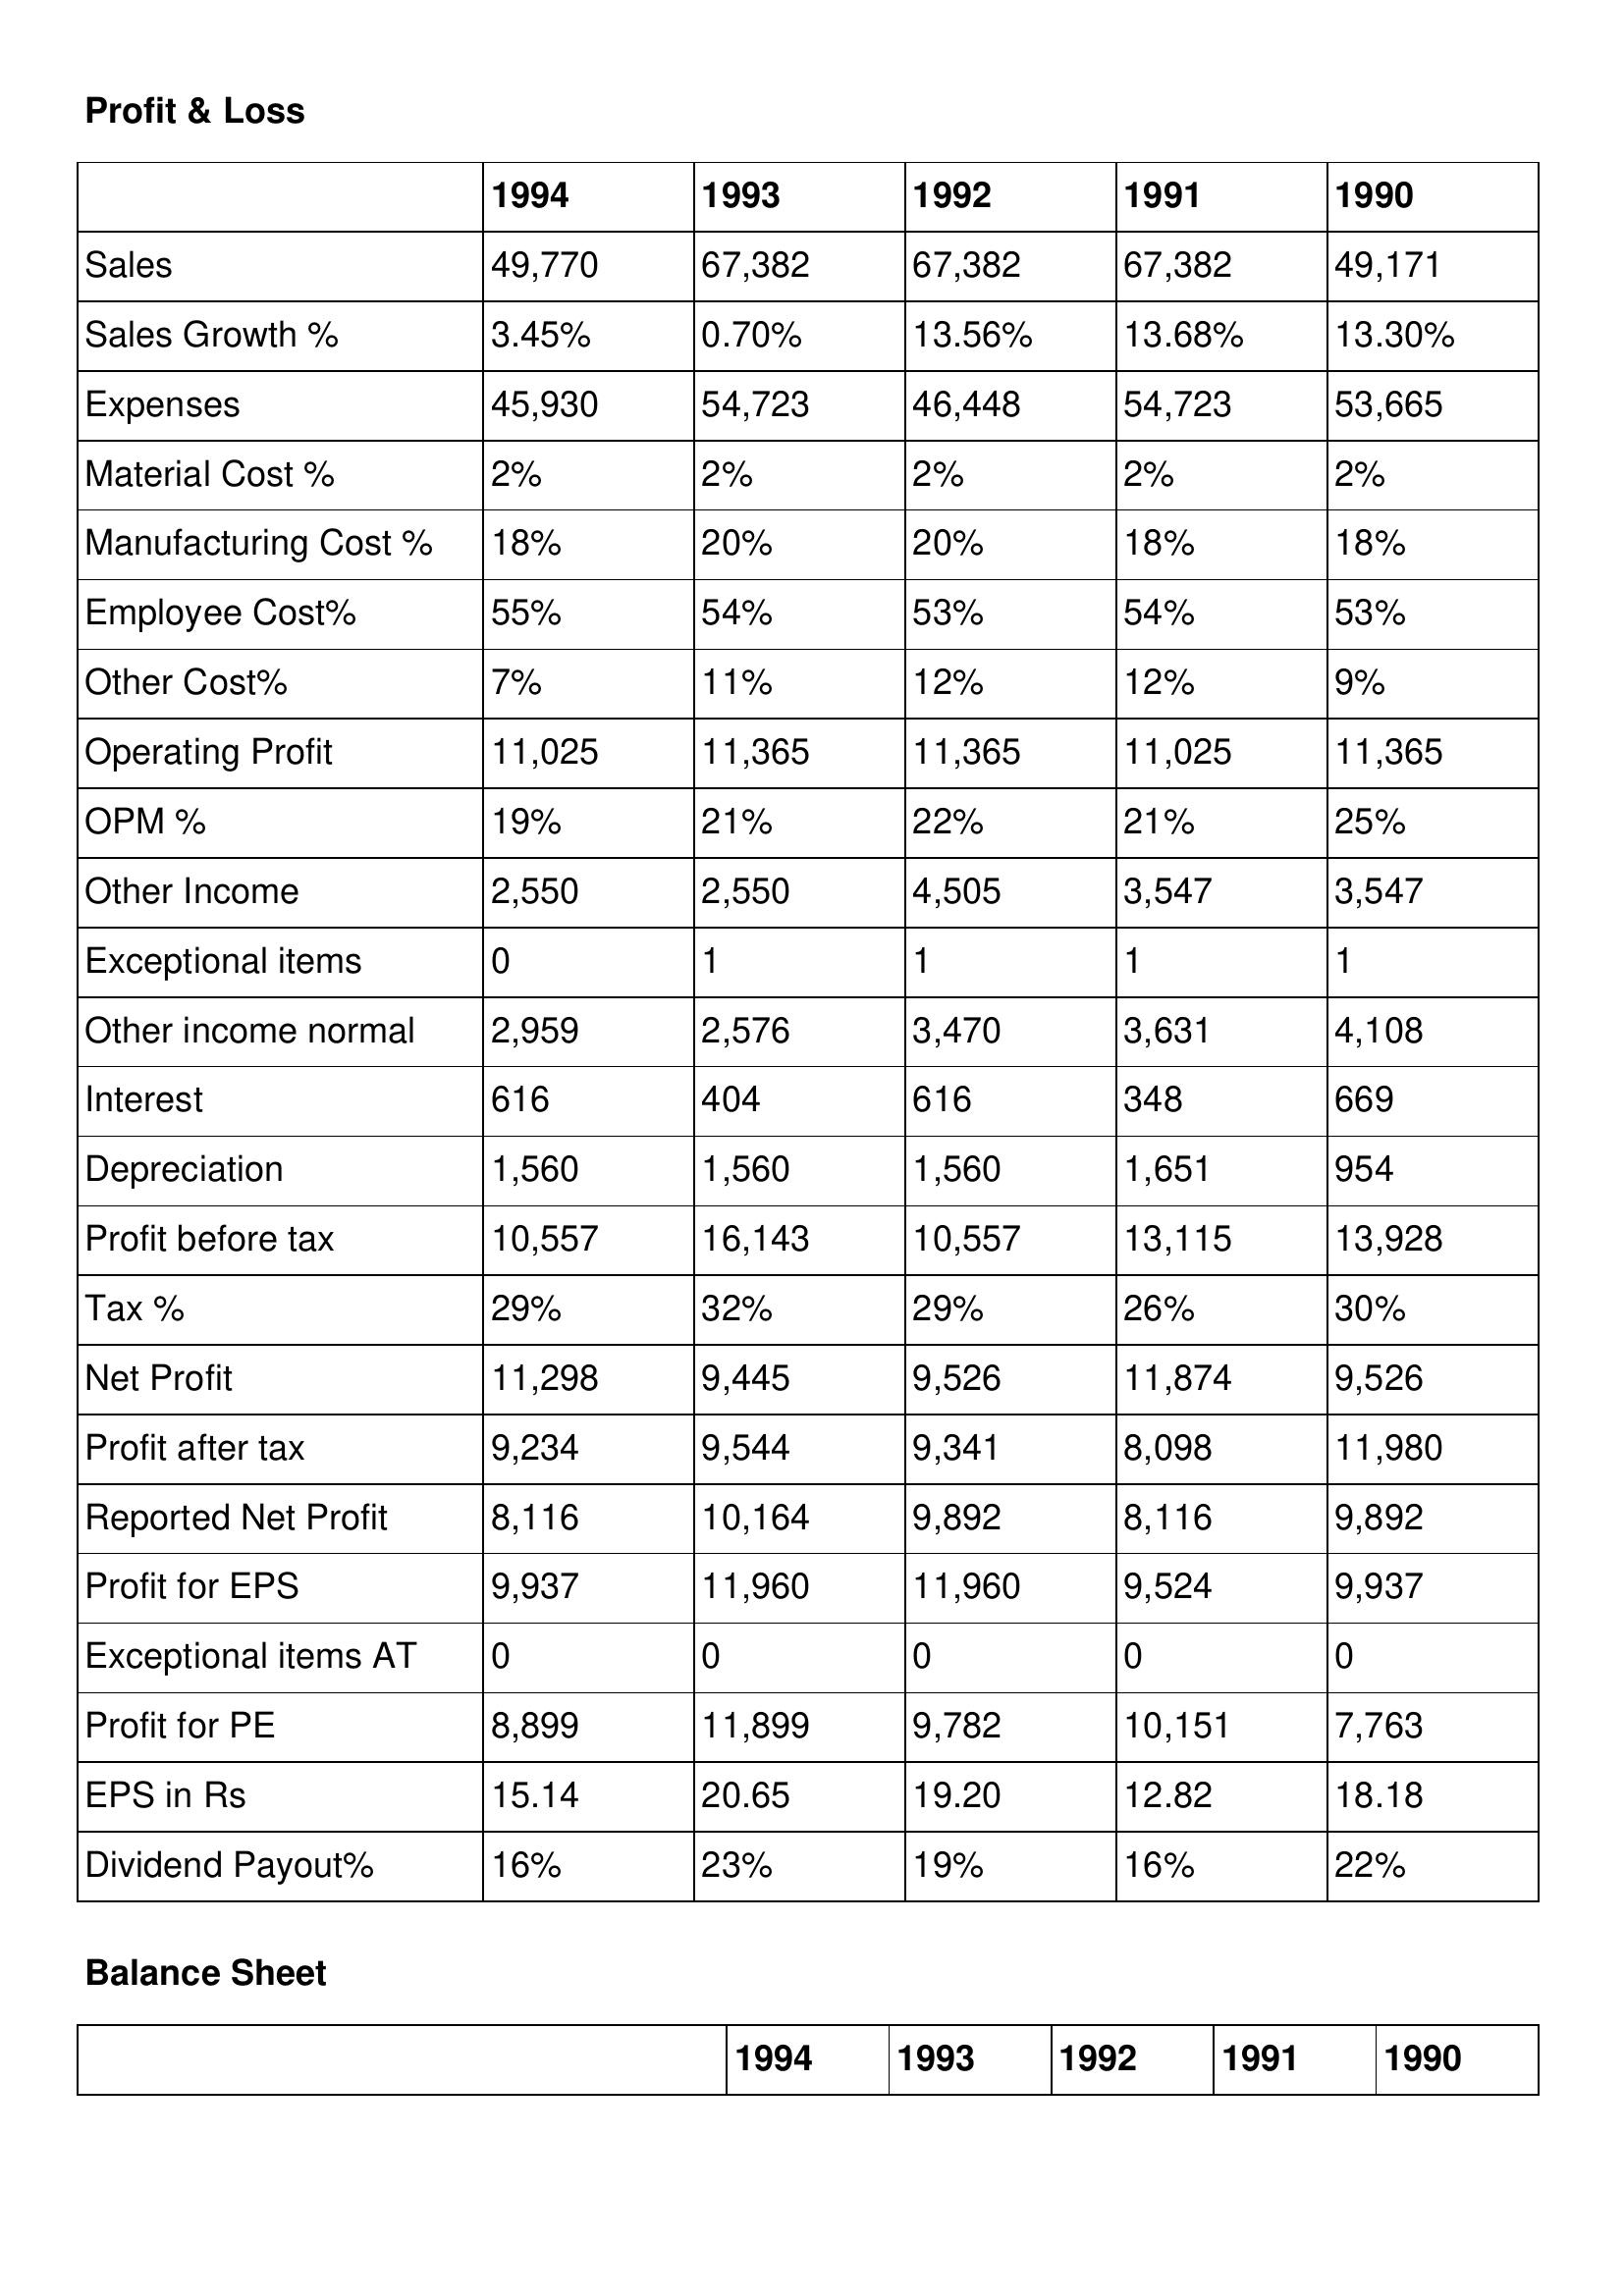
gt_parse: 1994: Profit & Loss: Sales: 49,770
Sales Growth %: 3.45%
Expenses: 45,930
Material Cost %: 2%
Manufacturing Cost %: 18%
Employee Cost%: 55%
Other Cost%: 7%
Operating Profit: 11,025
OPM %: 19%
Other Income: 2,550
Exceptional items: 0
Other income normal: 2,959
Interest: 616
Depreciation: 1,560
Profit before tax: 10,557
Tax %: 29%
Net Profit: 11,298
Profit after tax: 9,234
Reported Net Profit: 8,116
Profit for EPS: 9,937
Exceptional items AT: 0
Profit for PE: 8,899
EPS in Rs: 15.14
Dividend Payout%: 16%
1993: Profit & Loss: Sales: 67,382
Sales Growth %: 0.70%
Expenses: 54,723
Material Cost %: 2%
Manufacturing Cost %: 20%
Employee Cost%: 54%
Other Cost%: 11%
Operating Profit: 11,365
OPM %: 21%
Other Income: 2,550
Exceptional items: 1
Other income normal: 2,576
Interest: 404
Depreciation: 1,560
Profit before tax: 16,143
Tax %: 32%
Net Profit: 9,445
Profit after tax: 9,544
Reported Net Profit: 10,164
Profit for EPS: 11,960
Exceptional items AT: 0
Profit for PE: 11,899
EPS in Rs: 20.65
Dividend Payout%: 23%
1992: Profit & Loss: Sales: 67,382
Sales Growth %: 13.56%
Expenses: 46,448
Material Cost %: 2%
Manufacturing Cost %: 20%
Employee Cost%: 53%
Other Cost%: 12%
Operating Profit: 11,365
OPM %: 22%
Other Income: 4,505
Exceptional items: 1
Other income normal: 3,470
Interest: 616
Depreciation: 1,560
Profit before tax: 10,557
Tax %: 29%
Net Profit: 9,526
Profit after tax: 9,341
Reported Net Profit: 9,892
Profit for EPS: 11,960
Exceptional items AT: 0
Profit for PE: 9,782
EPS in Rs: 19.20
Dividend Payout%: 19%
1991: Profit & Loss: Sales: 67,382
Sales Growth %: 13.68%
Expenses: 54,723
Material Cost %: 2%
Manufacturing Cost %: 18%
Employee Cost%: 54%
Other Cost%: 12%
Operating Profit: 11,025
OPM %: 21%
Other Income: 3,547
Exceptional items: 1
Other income normal: 3,631
Interest: 348
Depreciation: 1,651
Profit before tax: 13,115
Tax %: 26%
Net Profit: 11,874
Profit after tax: 8,098
Reported Net Profit: 8,116
Profit for EPS: 9,524
Exceptional items AT: 0
Profit for PE: 10,151
EPS in Rs: 12.82
Dividend Payout%: 16%
1990: Profit & Loss: Sales: 49,171
Sales Growth %: 13.30%
Expenses: 53,665
Material Cost %: 2%
Manufacturing Cost %: 18%
Employee Cost%: 53%
Other Cost%: 9%
Operating Profit: 11,365
OPM %: 25%
Other Income: 3,547
Exceptional items: 1
Other income normal: 4,108
Interest: 669
Depreciation: 954
Profit before tax: 13,928
Tax %: 30%
Net Profit: 9,526
Profit after tax: 11,980
Reported Net Profit: 9,892
Profit for EPS: 9,937
Exceptional items AT: 0
Profit for PE: 7,763
EPS in Rs: 18.18
Dividend Payout%: 22%